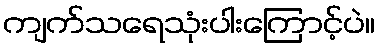
ကျက်သရေသုံးပါးကြောင့်ပဲ။